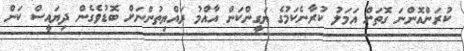
ކުރަންއޮންނަ ގޮތަށް އަމަލު ކުރާނެކަމުގެ ޔަގީންކަން އާއްމު ރައްޔިތުންނަށް ބޮޑުވެގެން ދިޔައީސް ކަން